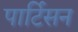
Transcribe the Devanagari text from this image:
पार्टिसन